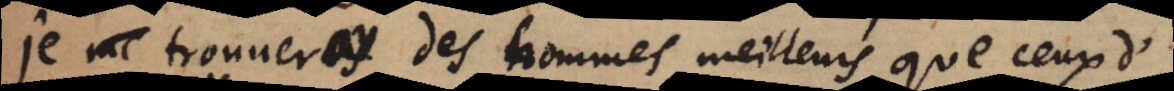
je trouveray des hommes meilleurs que ceux